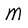
Character: M